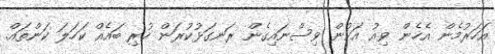
އަހަރުމެން އެހެން ވިއު އަކުން ވިސްނައިގެން ރަނގަޅުކުރަން ހުރި ބައެއް ކަހަލަ ކަންތައް.